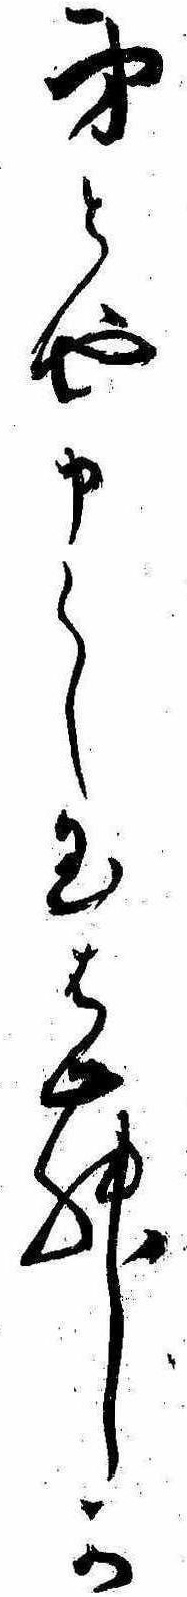
弟とや申し玉はむか